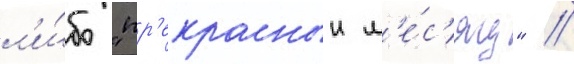
л'и́бо "пр'екрасныи м'е́с'яц" //